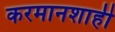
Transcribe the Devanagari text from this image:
करमानशाही